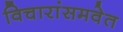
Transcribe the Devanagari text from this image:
विचारांसमवेत